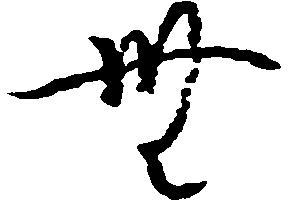
無